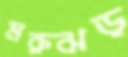
মরুঝড়